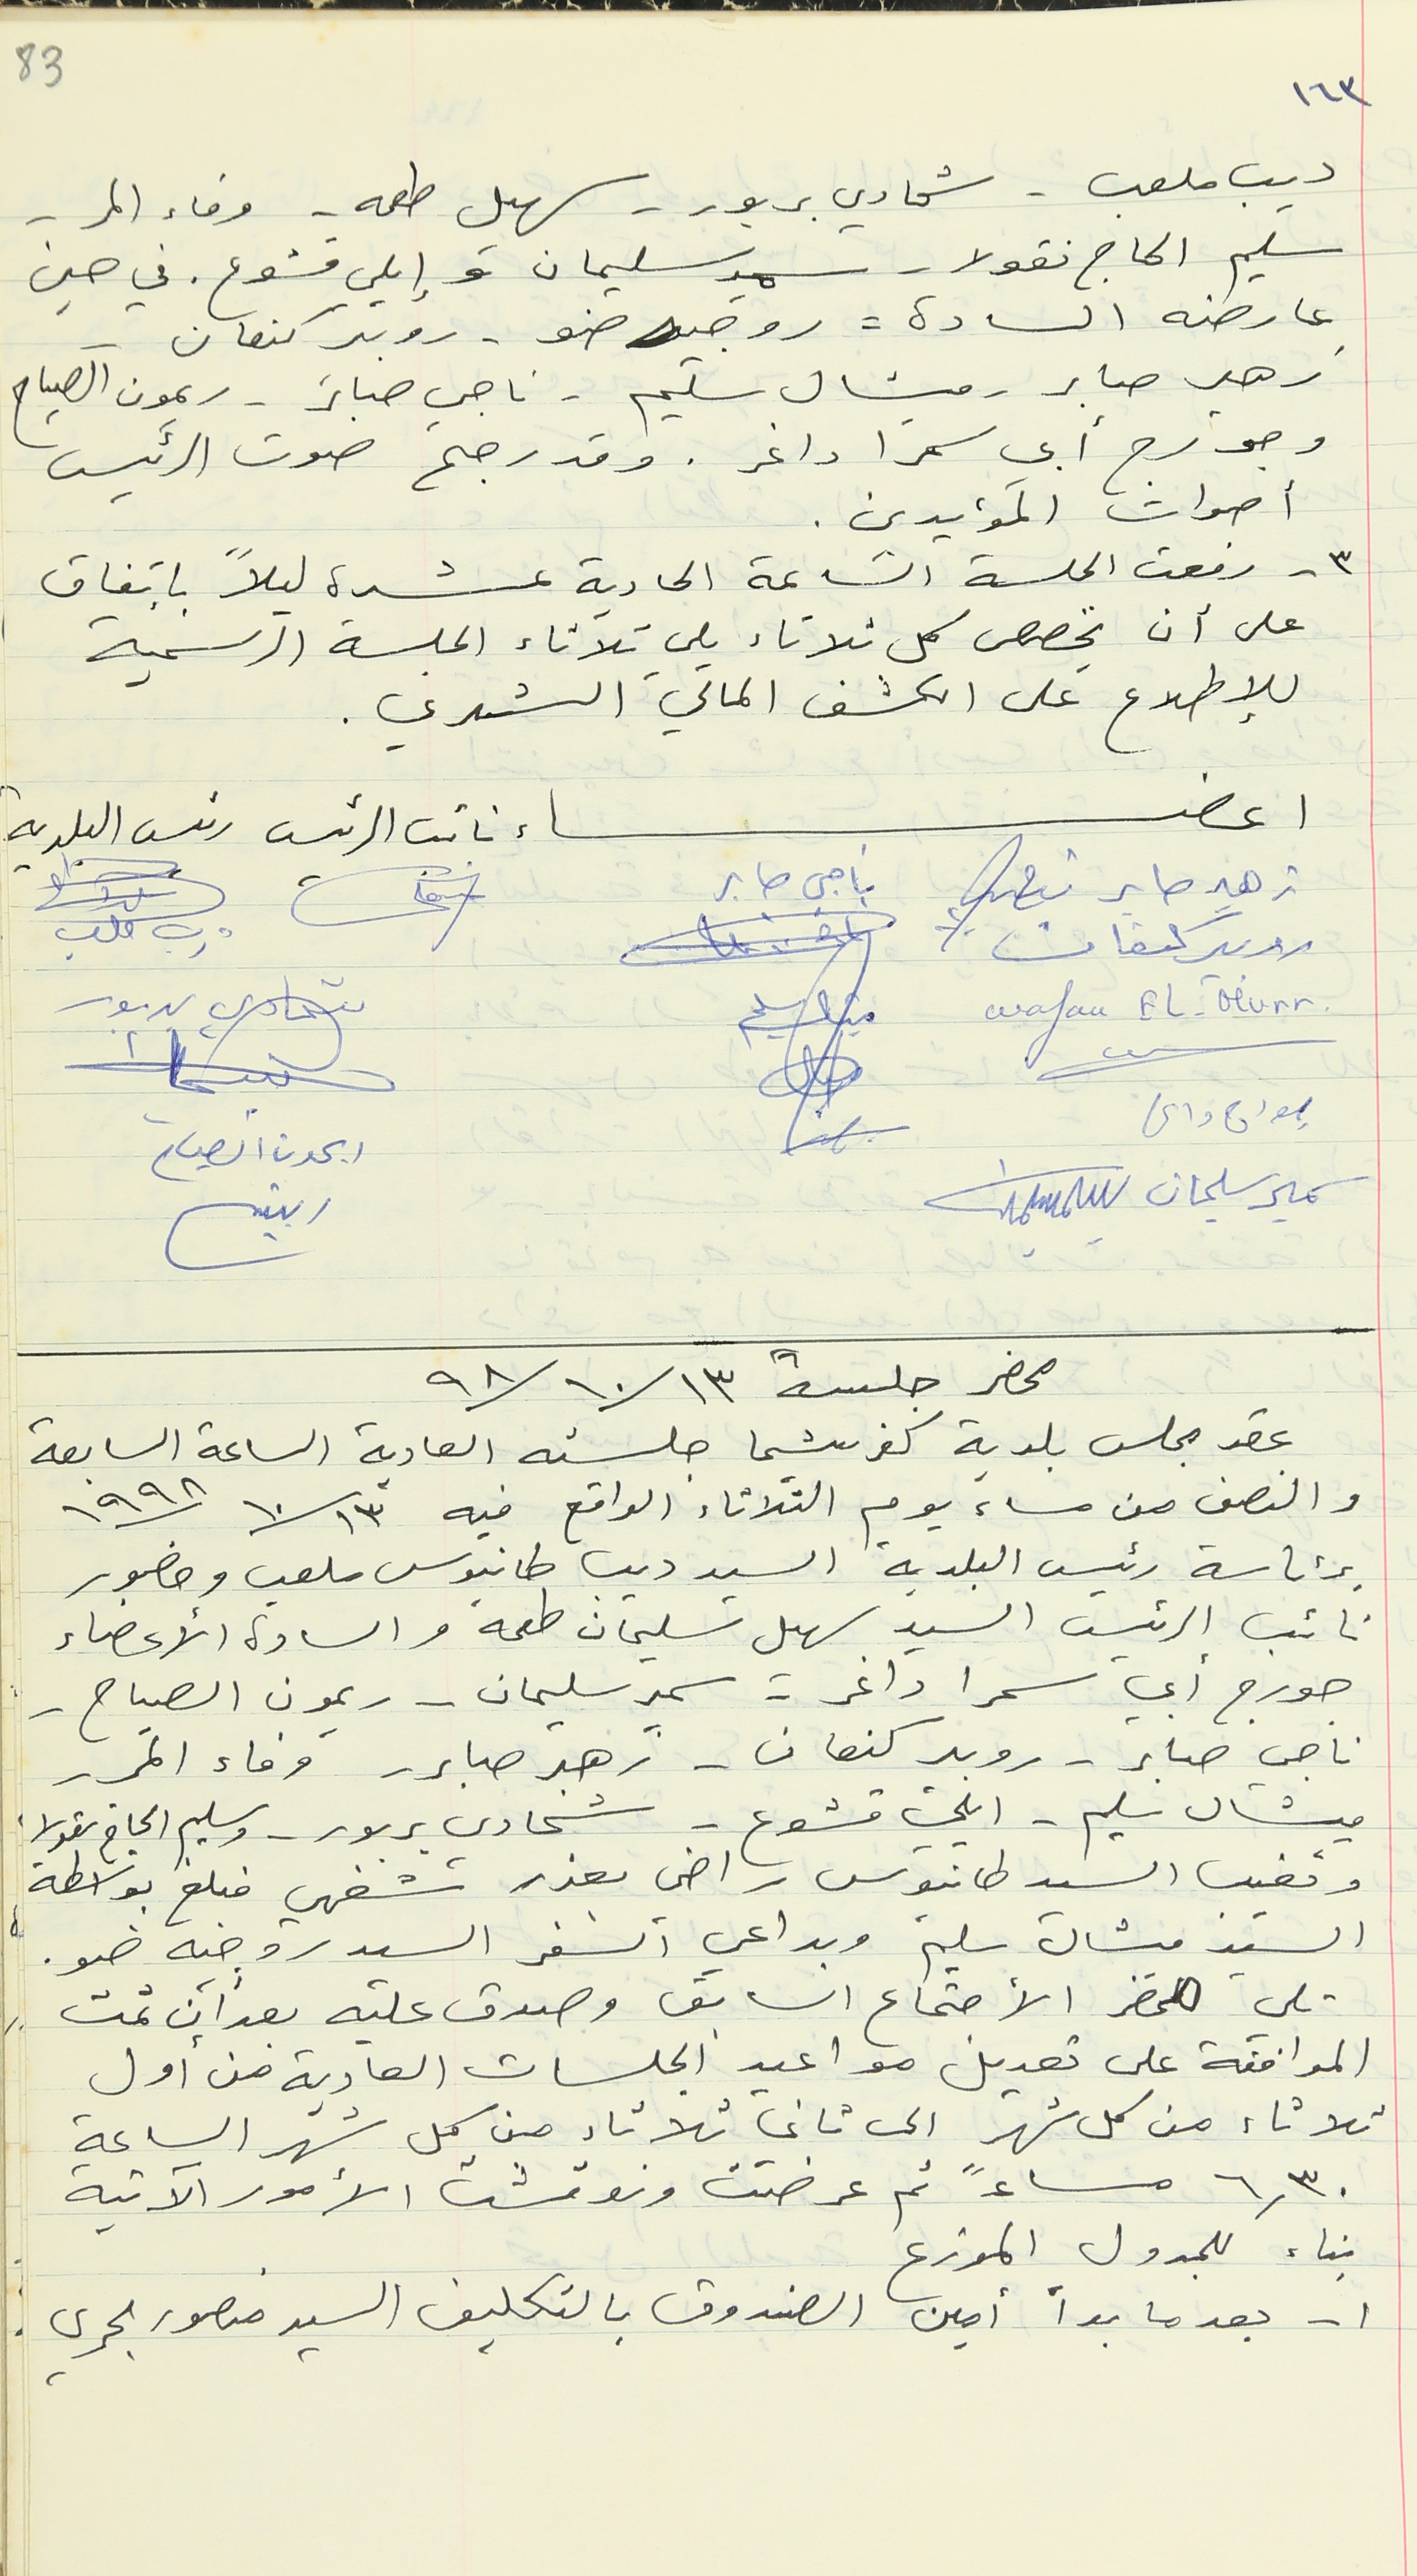
١٦٣
ديب ملعب - شحادي بربور - سهيل طعمه - وفاء المر -
سليم الحاج نقولا - سمير سليمان وإيلي قشوع. في حين

عارضه السادة - روجيه ضو - روبير كنعان -
زهير صابر - ميشال سليم - ناجي صابر - ريمون الصياح
وجورج أبي سمرا داغر. وقد رجح صوت الرئيس
أصوات المؤيدين.
٣ - رفعت الجلسة الساعة الحادية عشرة ليلاً بإتفاق
على أن يخصص كل ثلاثاء يلي ثلاثاء الجلسة الرسمية
للإطلاع على الكشف المالي الشهري.
اعضاء نائب الرئيس رئيس البلدية
زهير صابر ناجي صابر
روبير كنعان
Wafaa EL-Murr
جورج داغر
سمير سليمان
محضر جلسة ٩٨/١٠/١٣
عقد مجلس بلدية كفرشيما جلسته العادية الساعة السابعة
والنصف من مساء يوم الثلاثاء الواقع فيه ١٩٩٨/١٠/١٣
برئاسة رئيس البلدية السيد ديب طانيوس ملعب وحضور
نائب الرئيس السيد سهل سليمان طعمه والسادة الأعضاء
جورج أبي سمرا داغر - سمير سليمان - ريمون الصياح -
ناجي صابر - روبير كنعان - زهير صابر - وفاء المر -
ميشال سليم - ايلي قشوع - شحادي بربور - وسليم الحاج نقولا
وتغيب السيد طانيوس راضي بعذر شفهي فبلغ بواسطة
السيد ميشال سليم وبداعي السفر السيد روجيه ضو.
تلي محضر الأجتماع السابق وصدق عليه بعد أن تمت
الموافقة على تعديل مواعيد الجلسات العادية من أول
ثلاثاء من كل شهر الى ثاني ثلاثاء من كل شهر الساعة

٦,٣٠  مساءً ثم عرضت ونوقشت الأمور الآتية
١ - بعدما بدأ أمين الصندوق بالتكليف السيد منصور بحري.
83
ديب ملعب
شحادي بربور
ريمون الصياح
بناء للجدول الموزع